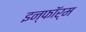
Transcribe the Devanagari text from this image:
इन्फॉर्म